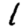
Digit: 1